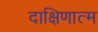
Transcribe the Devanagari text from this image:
दाक्षिणात्म